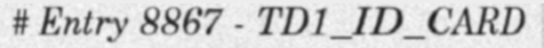
# Entry 8867 - TD1_ID_CARD